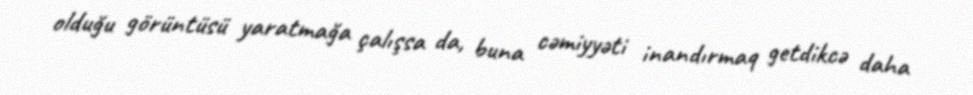
olduğu görüntüsü yaratmağa çalışsa da, buna cəmiyyəti inandırmaq getdikcə daha